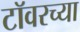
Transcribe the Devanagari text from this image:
टाॅवरच्या